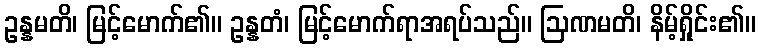
ဥန္နမတိ၊ မြင့်မောက်၏။ ဥန္နတံ၊ မြင့်မောက်ရာအရပ်သည်။ ဩဏမတိ၊ နိမ့်ရှိုင်း၏။